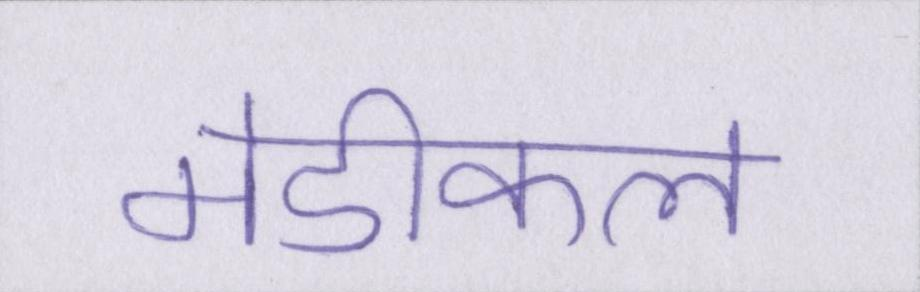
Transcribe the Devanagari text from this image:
मेडीकल